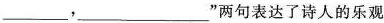
____，___”两句表达了诗人的乐观